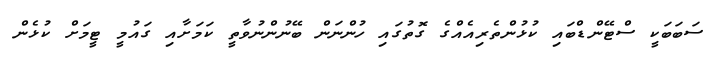
ސަބަބަކީ ސްޓޭންޑްބައި ކުޅުންތެރިއެއްގެ ގޮތުގައި ހުންނަން ބޭނުންނުވާތީ ކަމަށާއި ގައުމީ ޓީމަށް ކުޅެން